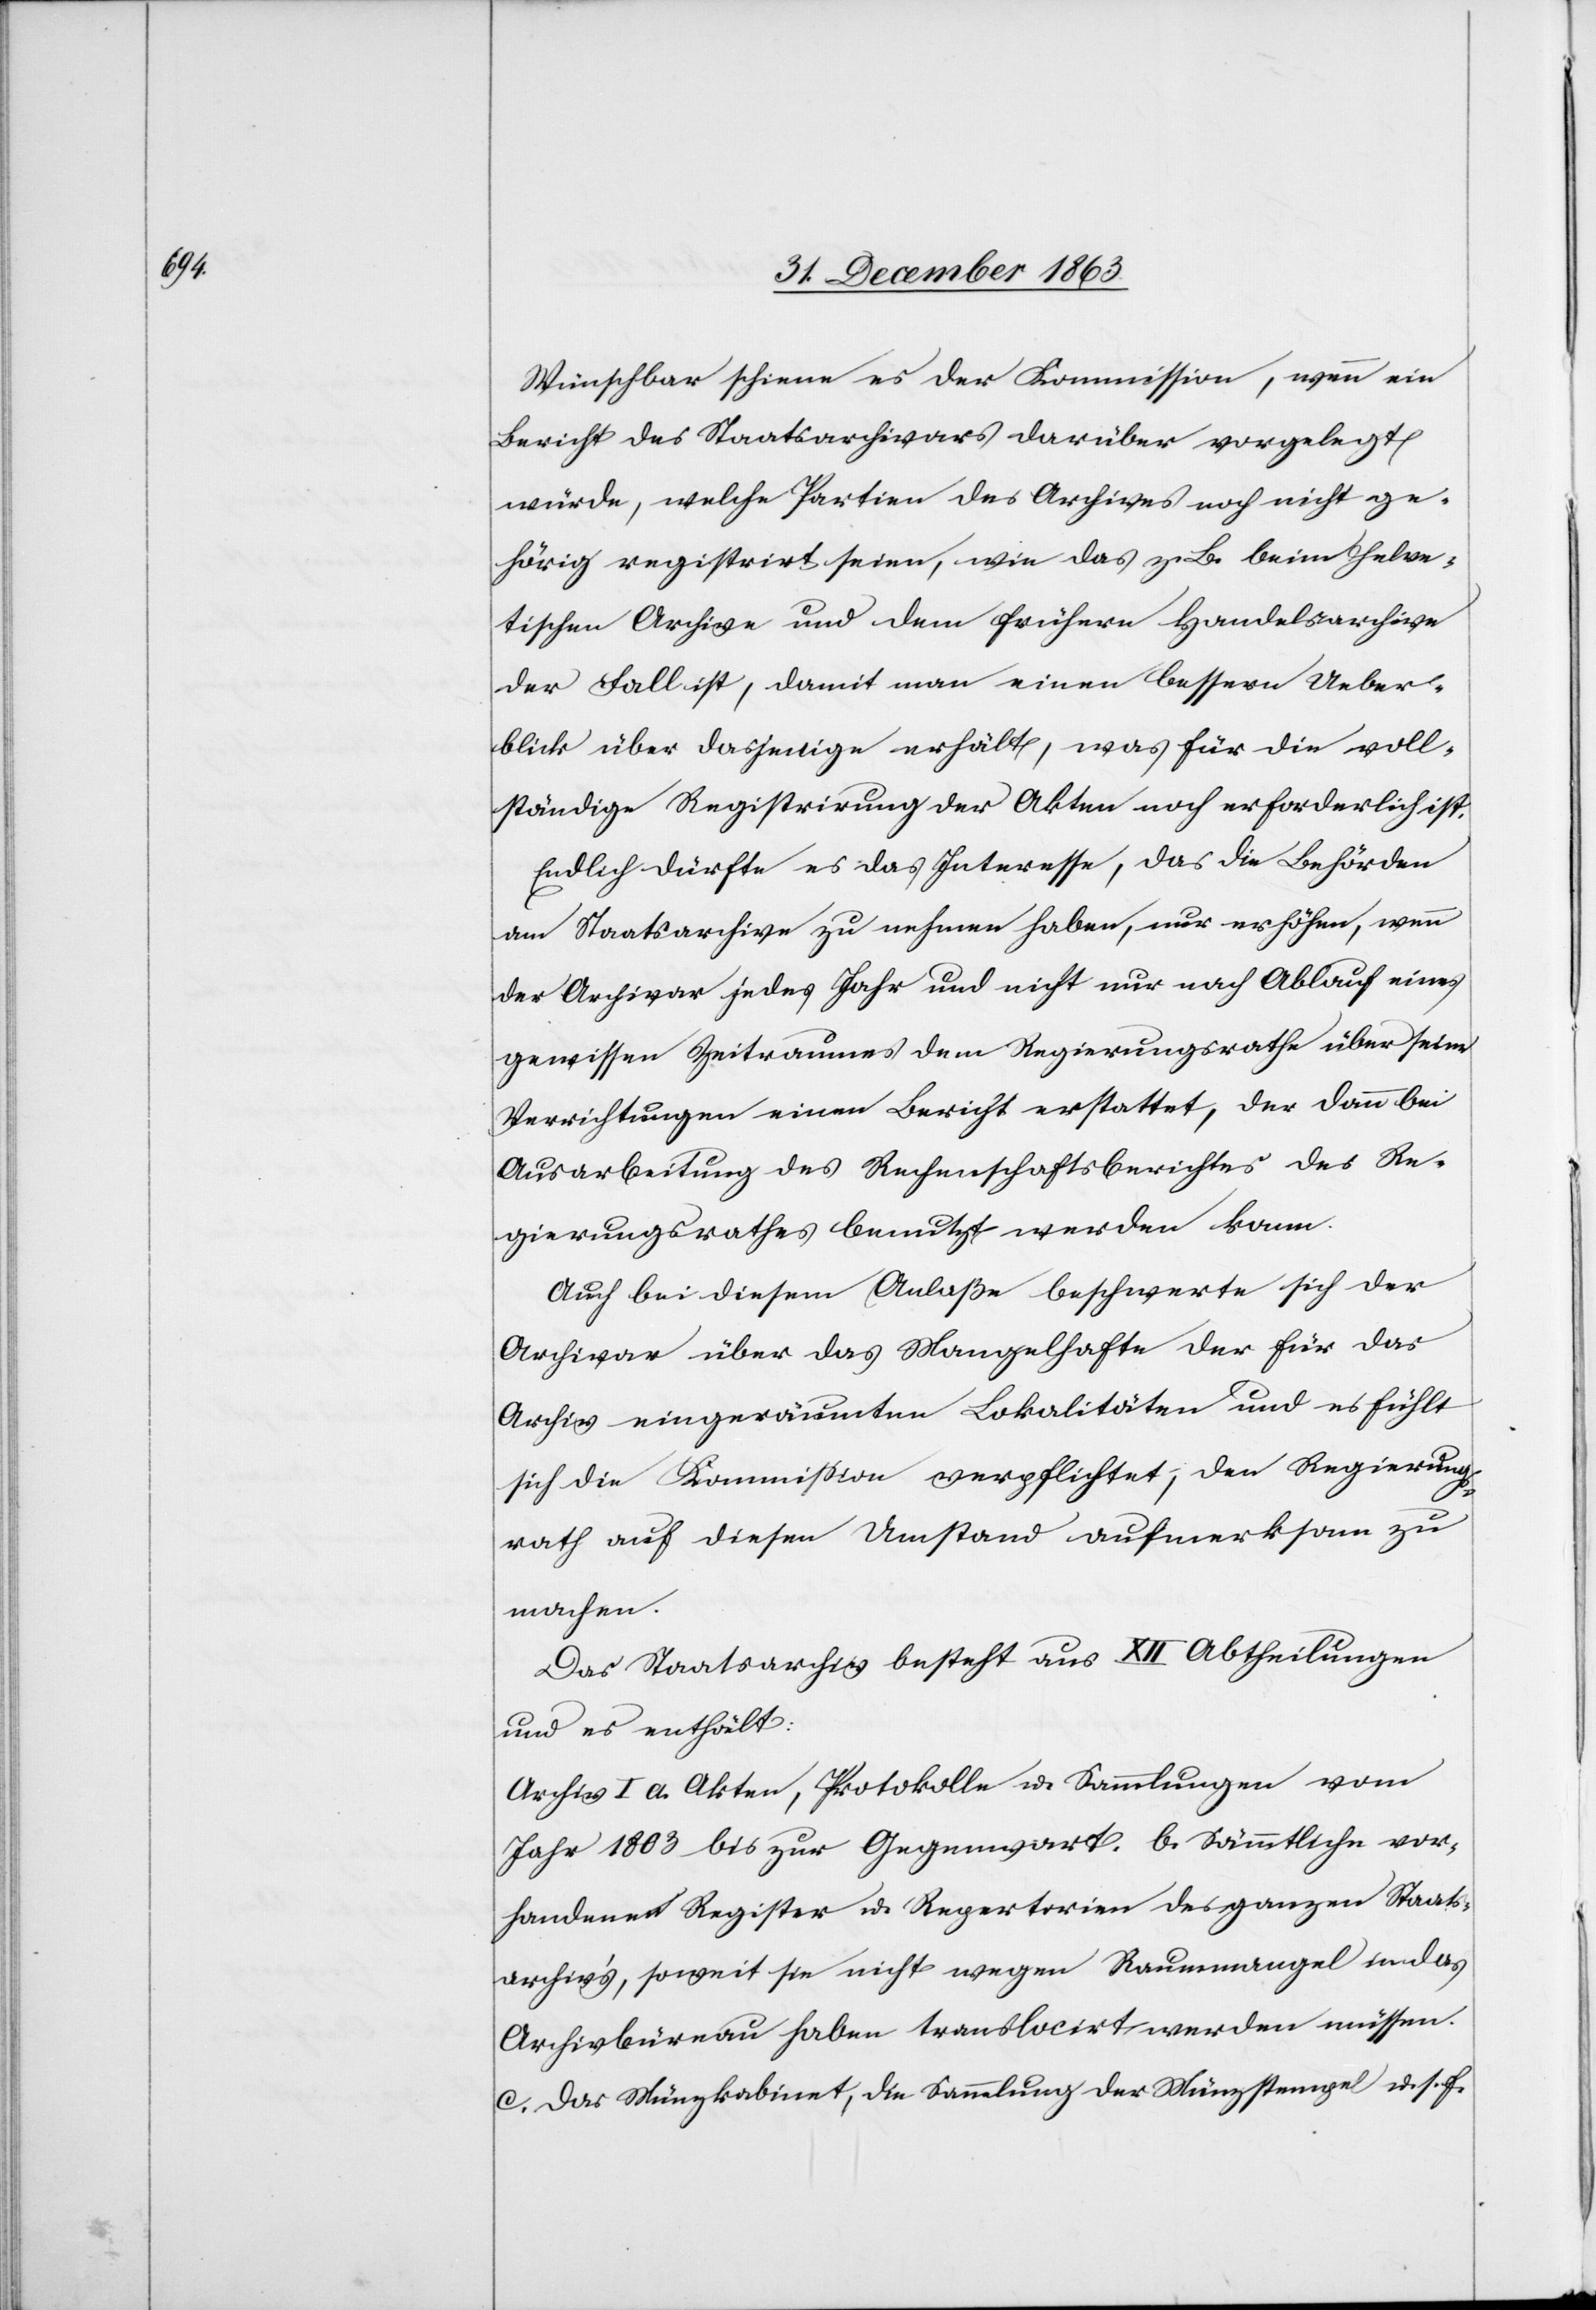
Wünschbar schiene es der Kommission, wenn ein
Bericht des Staatsarchivars darüber vorgelegt
würde, welche Partien des Archives noch nicht ge¬
hörig registrirt seien, wie das z. B. beim helve¬
tischen Archive und dem frühern Handelsarchive
der Fall ist, damit man einen bessern Ueber¬
blick über dasjenige erhält, was für die voll¬
ständige Registrirung der Akten noch erforderlich ist.
Endlich dürfte es das Interesse, das die Behörden
am Staatsarchive zu nehmen haben, nur erhöhen, wenn
der Archivar jedes Jahr und nicht nur nach Ablauf eines
gewissen Zeitraumes dem Regierungsrathe über seine
Verrichtungen einen Bericht erstattet, der dann bei
Ausarbeitung des Rechenschaftsberichtes des Re¬
gierungsrathes benutzt werden kann.
Auch bei diesem Anlaße beschwerte sich der
Archivar über das Mangelhafte der für das
Archiv eingeräumten Lokalitäten und es fühlt
sich die Kommission verpflichtet, den Regierungs¬
rath auf diesen Umstand aufmerksam zu
machen.
Das Staatsarchiv besteht aus XII Abtheilungen
und es enthält:
Archiv I a. Akten, Protokolle u. Sammlungen vom
Jahr 1803 bis zur Gegenwart. b. Sämmtliche vor¬
handenen Register u. Repertorien des ganzen Staats¬
archiv's, soweit sie nicht wegen Raummangel in das
Archivbüreau haben translocirt werden müssen.
c. Das Münzkabinet, die Sammlung der Münzstempel u. s. f.